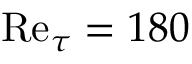
\mathrm { R e } _ { \tau } = 1 8 0